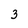
Character: 3